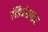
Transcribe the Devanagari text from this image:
इंडिकोलाइट